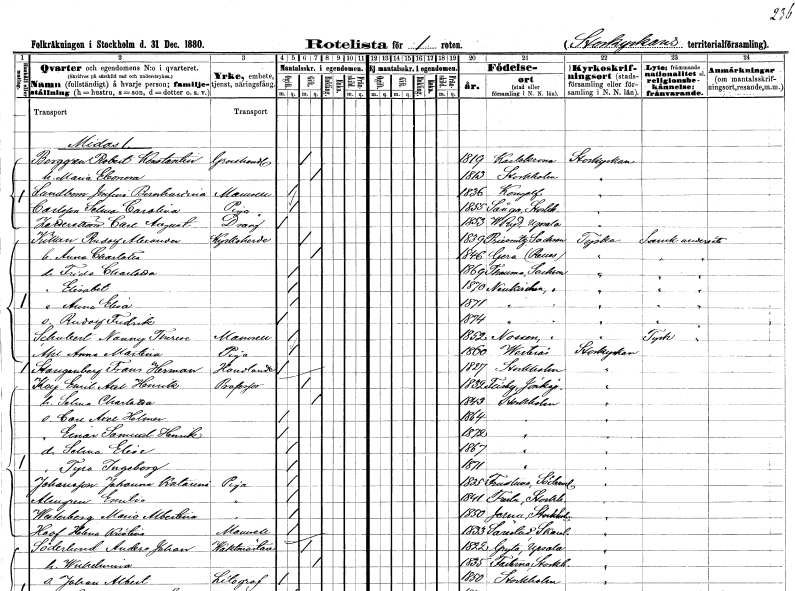
gt_parse: households: individuals: FN: Robert Konstantin
EN: Berggren
YRKE: Grosshandlare
KON: M
CIV: G
FODAR: 1819
FODFORS: Karlskrona Blekinge län
FN: Maria Eleonora
KON: K
CIV: G
FODAR: 1813
FODFORS: Stockholm
FN: Josefina Bernhardina
EN: Landbom
KON: K
CIV: O
FODAR: 1836
FODFORS: Kungälv Göteborgs- och Bohuslän
FN: Selma Carolina
EN: Carlsson
YRKE: Piga
KON: K
CIV: O
FODAR: 1855
FODFORS: Sånga Stockholms län
FN: Carl August
EN: Zetterström
YRKE: Dräng
KON: M
CIV: O
FODAR: 1853
FODFORS: Västra Ryd Stockholms län
FN: Rudolf Alexander
EN: Killan
YRKE: Kyrkoherde
KON: M
CIV: G
FODAR: 1839
FN: Anna Charlotta
KON: K
CIV: G
FODAR: 1846
FN: Frida Charlotta
KON: K
CIV: O
FODAR: 1869
FN: Elisabet
KON: K
CIV: O
FODAR: 1870
FN: Anna Elisa
KON: K
CIV: O
FODAR: 1871
FN: Rudolf Fredrik
KON: M
CIV: O
FODAR: 1874
FN: Nanny Therese
EN: Schubert
KON: K
CIV: O
FODAR: 1852
FN: Anna Martina
EN: Ahl
YRKE: Piga
KON: K
CIV: O
FODAR: 1860
FODFORS: Västerås Västmanlands län
FN: Frans Herman
EN: Stangenberg
YRKE: Handlande
KON: M
CIV: O
FODAR: 1827
FODFORS: Stockholm
FN: Emil Axel Henrik
EN: Kay
YRKE: Professor
KON: M
CIV: G
FODAR: 1832
FODFORS: Flisby Jönköpings län
FN: Selma Charlotta
KON: K
CIV: G
FODAR: 1843
FODFORS: Stockholm
FN: Carl Axel Henrik
KON: M
CIV: O
FODAR: 1864
FODFORS: Stockholm
FN: Einar Samuel Henrik
KON: M
CIV: O
FODAR: 1872
FODFORS: Stockholm
FN: Selma Elise
KON: K
CIV: O
FODAR: 1867
FODFORS: Stockholm
FN: Tyra Ingeborg
KON: K
CIV: O
FODAR: 1871
FODFORS: Stockholm
FN: Johanna Katarina
EN: Johansson
YRKE: Piga
KON: K
CIV: O
FODAR: 1835
FODFORS: Frustuna Södermanlands län
FN: Emelia
EN: Almgren
YRKE: Piga
KON: K
CIV: O
FODAR: 1841
FODFORS: Fresta Stockholms län
FN: Maria Albertina
EN: Westerberg
YRKE: Piga
KON: K
CIV: O
FODAR: 1850
FODFORS: Järna Stockholms län
FN: Helena Kristina
EN: Hoof
KON: K
CIV: O
FODAR: 1833
FODFORS: Särestad Skaraborgs län